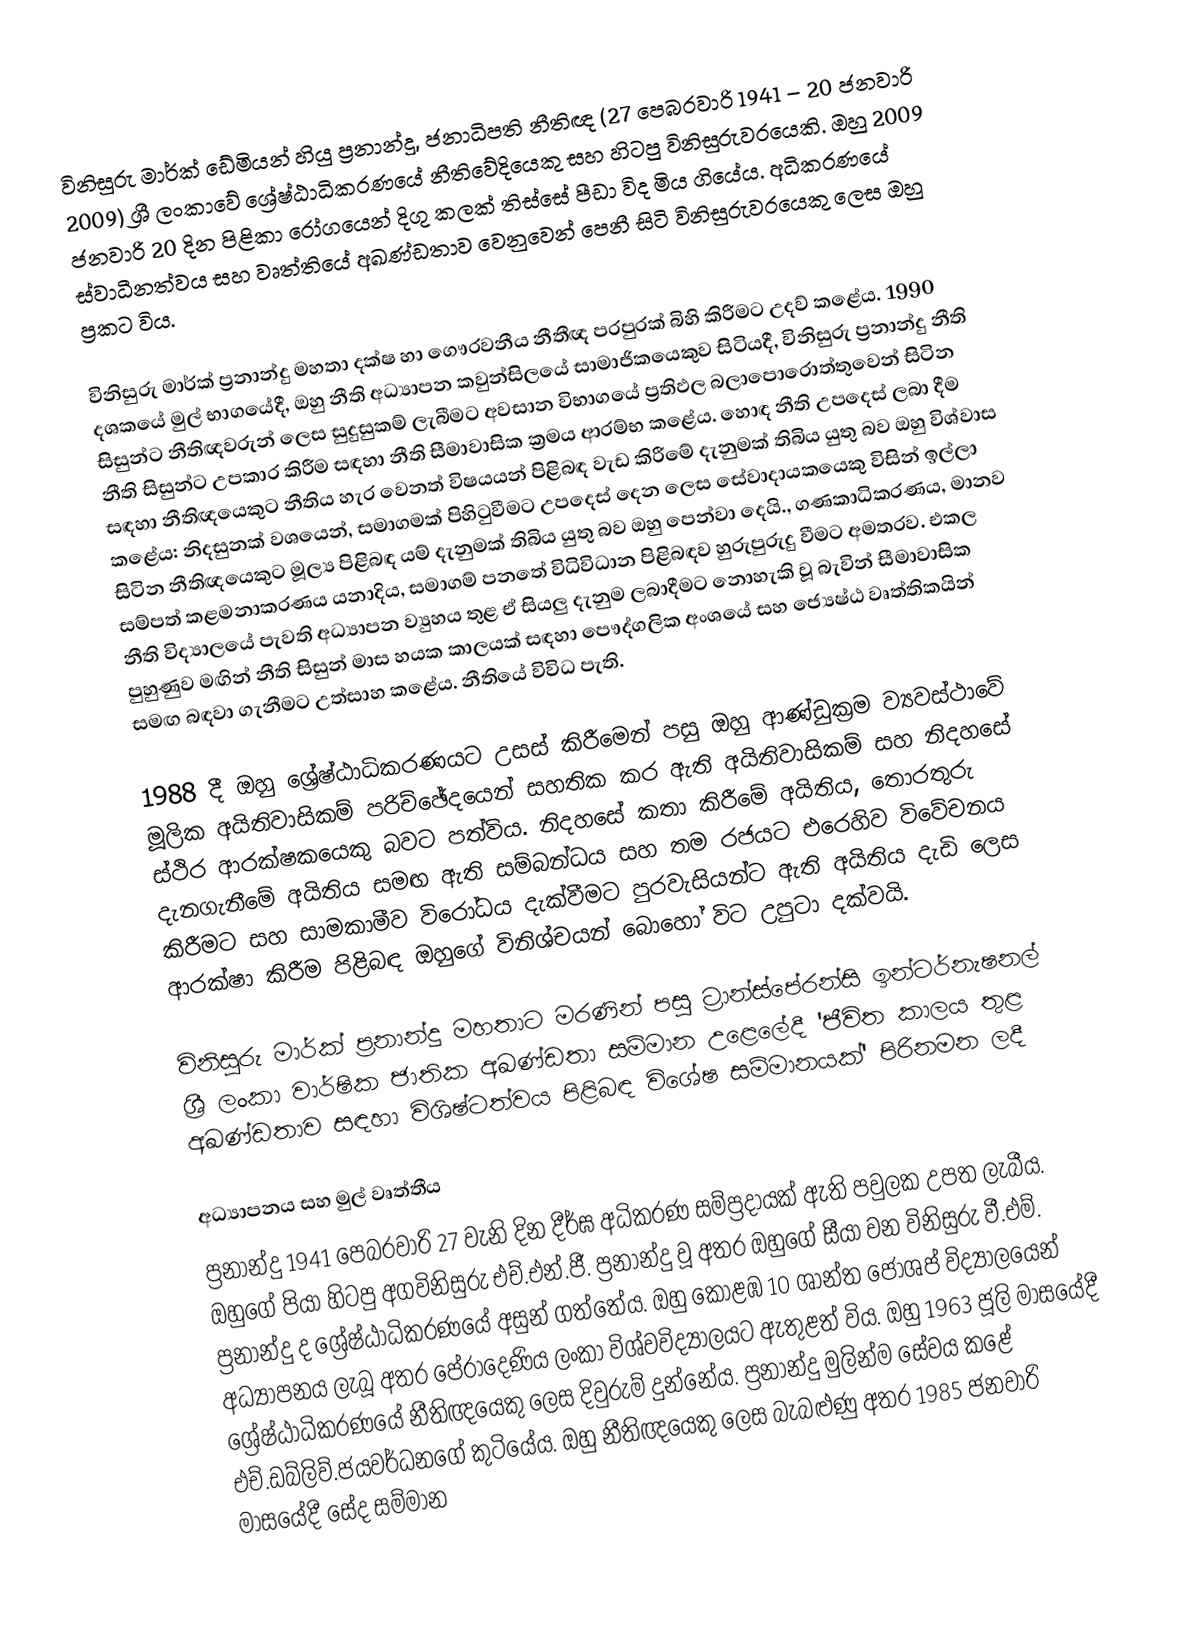
විනිසුරු මාර්ක් ඩේමියන් හියු ප්‍රනාන්දු, ජනාධිපති නීතිඥ (27 පෙබරවාරි 1941 – 20 ජනවාරි 2009) ශ්‍රී ලංකාවේ ශ්‍රේෂ්ඨාධිකරණයේ නීතිවේදියෙකු සහ හිටපු විනිසුරුවරයෙකි. ඔහු 2009 ජනවාරි 20 දින පිළිකා රෝගයෙන් දිගු කලක් තිස්සේ පීඩා විද මිය ගියේය. අධිකරණයේ ස්වාධීනත්වය සහ වෘත්තියේ අඛණ්ඩතාව වෙනුවෙන් පෙනී සිටි විනිසුරුවරයෙකු ලෙස ඔහු ප්‍රකට විය.

විනිසුරු මාර්ක් ප්‍රනාන්දු මහතා දක්ෂ හා ගෞරවනීය නීතීඥ පරපුරක් බිහි කිරීමට උදව් කළේය.  1990 දශකයේ මුල් භාගයේදී, ඔහු නීති අධ්‍යාපන කවුන්සිලයේ සාමාජිකයෙකුව සිටියදී, විනිසුරු ප්‍රනාන්දු නීති සිසුන්ට නීතිඥවරුන් ලෙස සුදුසුකම් ලැබීමට අවසාන විභාගයේ ප්‍රතිඵල බලාපොරොත්තුවෙන් සිටින නීති සිසුන්ට උපකාර කිරීම සඳහා නීති සීමාවාසික ක්‍රමය ආරම්භ කළේය. හොඳ නීති උපදෙස් ලබා දීම සඳහා නීතිඥයෙකුට නීතිය හැර වෙනත් විෂයයන් පිළිබඳ වැඩ කිරීමේ දැනුමක් තිබිය යුතු බව ඔහු විශ්වාස කළේය: නිදසුනක් වශයෙන්, සමාගමක් පිහිටුවීමට උපදෙස් දෙන ලෙස සේවාදායකයෙකු විසින් ඉල්ලා සිටින නීතිඥයෙකුට මූල්‍ය පිළිබඳ යම් දැනුමක් තිබිය යුතු බව ඔහු පෙන්වා දෙයි., ගණකාධිකරණය, මානව සම්පත් කළමනාකරණය යනාදිය, සමාගම් පනතේ විධිවිධාන පිළිබඳව හුරුපුරුදු වීමට අමතරව.  එකල නීති විද්‍යාලයේ පැවති අධ්‍යාපන ව්‍යුහය තුළ ඒ සියලු දැනුම ලබාදීමට නොහැකි වූ බැවින් සීමාවාසික පුහුණුව මඟින් නීති සිසුන් මාස හයක කාලයක් සඳහා පෞද්ගලික අංශයේ සහ ජ්‍යෙෂ්ඨ වෘත්තිකයින් සමඟ බඳවා ගැනීමට උත්සාහ කළේය. නීතියේ විවිධ පැති.

1988 දී ඔහු ශ්‍රේෂ්ඨාධිකරණයට උසස් කිරීමෙන් පසු ඔහු ආණ්ඩුක්‍රම ව්‍යවස්ථාවේ මූලික අයිතිවාසිකම් පරිච්ඡේදයෙන් සහතික කර ඇති අයිතිවාසිකම් සහ නිදහසේ ස්ථිර ආරක්ෂකයෙකු බවට පත්විය.  නිදහසේ කතා කිරීමේ අයිතිය, තොරතුරු දැනගැනීමේ අයිතිය සමඟ ඇති සම්බන්ධය සහ තම රජයට එරෙහිව විවේචනය කිරීමට සහ සාමකාමීව විරෝධය දැක්වීමට පුරවැසියන්ට ඇති අයිතිය දැඩි ලෙස ආරක්ෂා කිරීම පිළිබඳ ඔහුගේ විනිශ්චයන් බොහෝ විට උපුටා දක්වයි.

විනිසුරු මාර්ක් ප්‍රනාන්දු මහතාට මරණින් පසු ට්‍රාන්ස්පේරන්සි ඉන්ටර්නැෂනල් ශ්‍රී ලංකා වාර්ෂික ජාතික අඛණ්ඩතා සම්මාන උළෙලේදී 'ජීවිත කාලය තුළ අඛණ්ඩතාව සඳහා විශිෂ්ටත්වය පිළිබඳ විශේෂ සම්මානයක්' පිරිනමන ලදී

අධ්‍යාපනය සහ මුල් වෘත්තීය
ප්‍රනාන්දු 1941 පෙබරවාරි 27 වැනි දින දීර්ඝ අධිකරණ සම්ප්‍රදායක් ඇති පවුලක උපත ලැබීය. ඔහුගේ පියා හිටපු අගවිනිසුරු එච්.එන්.ජී. ප්‍රනාන්දු වූ අතර ඔහුගේ සීයා වන විනිසුරු වී.එම්. ප්‍රනාන්දු ද ශ්‍රේෂ්ඨාධිකරණයේ අසුන් ගත්තේය. ඔහු කොළඹ 10 ශාන්ත ජෝශප් විද්‍යාලයෙන් අධ්‍යාපනය ලැබූ අතර  පේරාදෙණිය ලංකා විශ්වවිද්‍යාලයට ඇතුළත් විය. ඔහු 1963 ජූලි මාසයේදී ශ්‍රේෂ්ඨාධිකරණයේ නීතිඥයෙකු ලෙස දිවුරුම් දුන්නේය. ප්‍රනාන්දු මුලින්ම සේවය කළේ එච්.ඩබ්ලිව්.ජයවර්ධනගේ කුටියේය. ඔහු නීතිඥයෙකු ලෙස බැබළුණු අතර 1985 ජනවාරි මාසයේදී සේද සම්මාන